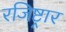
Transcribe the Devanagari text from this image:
रजिष्ट्रार